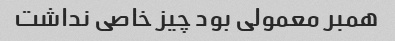
همبر معمولی بود چیز خاصی نداشت